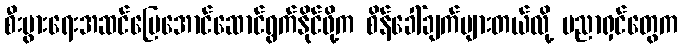
စီးပွားရေးအဆင်ပြေအောင်ဆောင်ရွက်နိုင်ဖို့က စိန်ခေါ်ချက်များတယ်လို့ ပညာရှင်တွေက